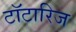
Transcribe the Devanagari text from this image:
टॉटारिज